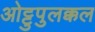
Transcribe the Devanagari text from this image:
ओट्टुपुलक्कल